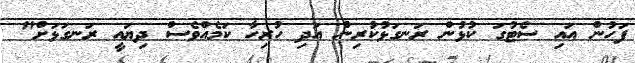
ފަހުން އައި ސެޓުގަ ކުޅުން ރަނގަޅުކުރިން އަދި ހުރިހާ ކަމެއްވެސް ދިޔައީ ރަނގަޅަށް"